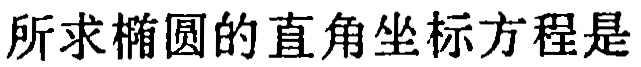
所求椭圆的直角坐标方程是